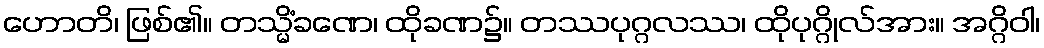
ဟောတိ၊ ဖြစ်၏။ တသ္မိံခဏေ၊ ထိုခဏ၌။ တဿပုဂ္ဂလဿ၊ ထိုပုဂ္ဂိုလ်အား။ အဂ္ဂိဝါ၊